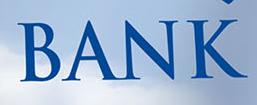
bank